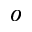
o